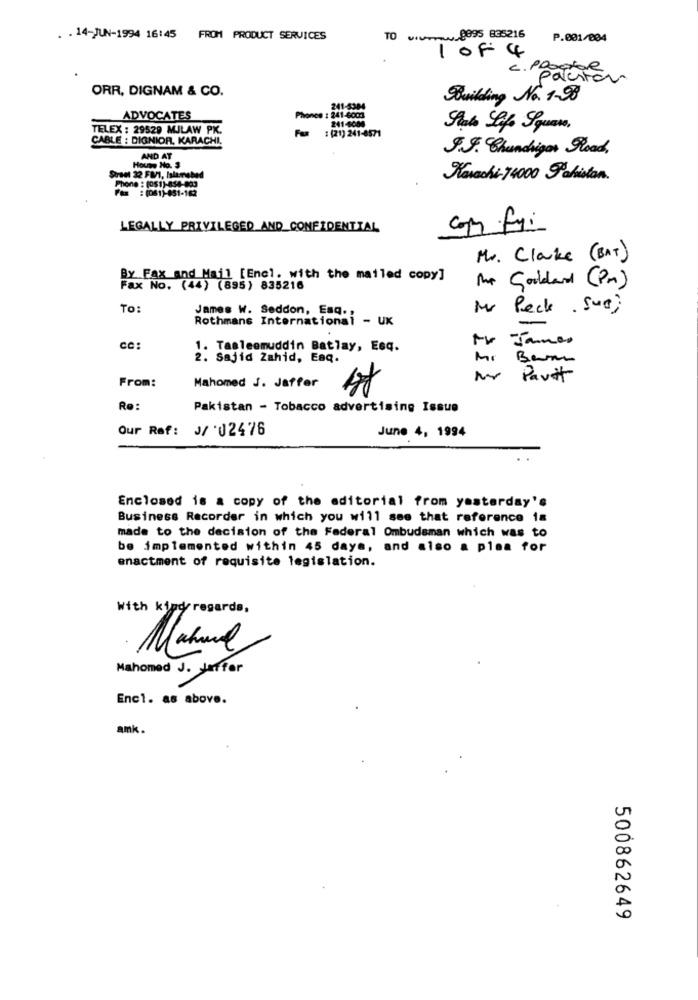
v.v ..... 0895 835216
. . 14-JUN-1994 16:45 FROM PRODUCT SERVICES
TO
P.001/834
1 0F 4
C.P.
polestar
ORR, DIGNAM & CO.
Building No. 1-8
241-5384
ADVOCATES
Phonce : 241-6003
241-6080
TELEX : 29529 MJLAW PK.
Fu
: (21) 241-8571
CABLE : DIGNIOR, KARACHI.
J.J. Chunchigor Road,
AND AT
House No. 3
Karachi- 74000 Pakistan.
Phone : (051)-854-803
: (061)-851-162
LEGALLY PRIVILEGED AND CONFIDENTIAL
Mr. Clarke ( BAT)
By Fax and Mail [Enel. with the mailed copy]
the Goodard (Pm)
Fax No. (44) (895) 835216
TO:
James W. Seddon, Esq.
Mr Peck. fue;
Rothmans International - UK
James
CC:
1. Tasleemuddin Batlay, Esq.
2. Sajid Zahid, Eaq.
MI
Barn
From:
Mahomed J. Jaffer
Partit
4f
Re:
Pakistan - Tobacco advertising Issue
Our Ref: J/ '02476
June 4, 1994
Enclosed is a copy of the editorial from yesterday's
Business Recorder in which you will see that reference 1a
made to the decision of the Federal Ombudsman which was to
be implemented within 45 days, and also a plea for
enactment of requisite legislation.
With kind regards,
Manuel
Mahomed J. Jaffer
Enc1. as above.
amk.
500862649